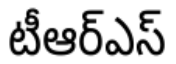
టీఆర్ఎస్